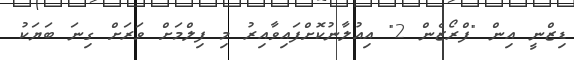
ޑިޒްނީ އިން "ފްރޯޒެން 2" އިއުލާނުކޮށްފައިވާއިރު މި ފިލްމަށް ވަރަށް ގިނަ ބަޔަކު